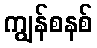
ကျွန်စနစ်